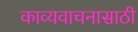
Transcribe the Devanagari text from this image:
काव्यवाचनासाठी